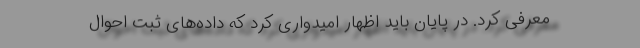
معرفی کرد. در پایان باید اظهار امیدواری کرد که داده‌های ثبت احوال